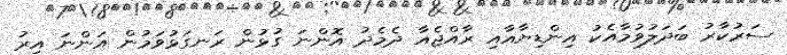
ސަރުކާރު ބަދަލުވުމާއެކު އިންޑިޔާއާއި ރާއްޖެއާ ދެމެދު އޮންނަ ގުޅުން ރަނގަޅުވަމުން އަންނަ އިރު